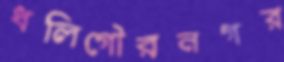
ধলিগৌরনগর